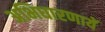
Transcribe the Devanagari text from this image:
अभिधारणायें